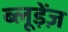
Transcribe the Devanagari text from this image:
ब्लूड़ेंज़